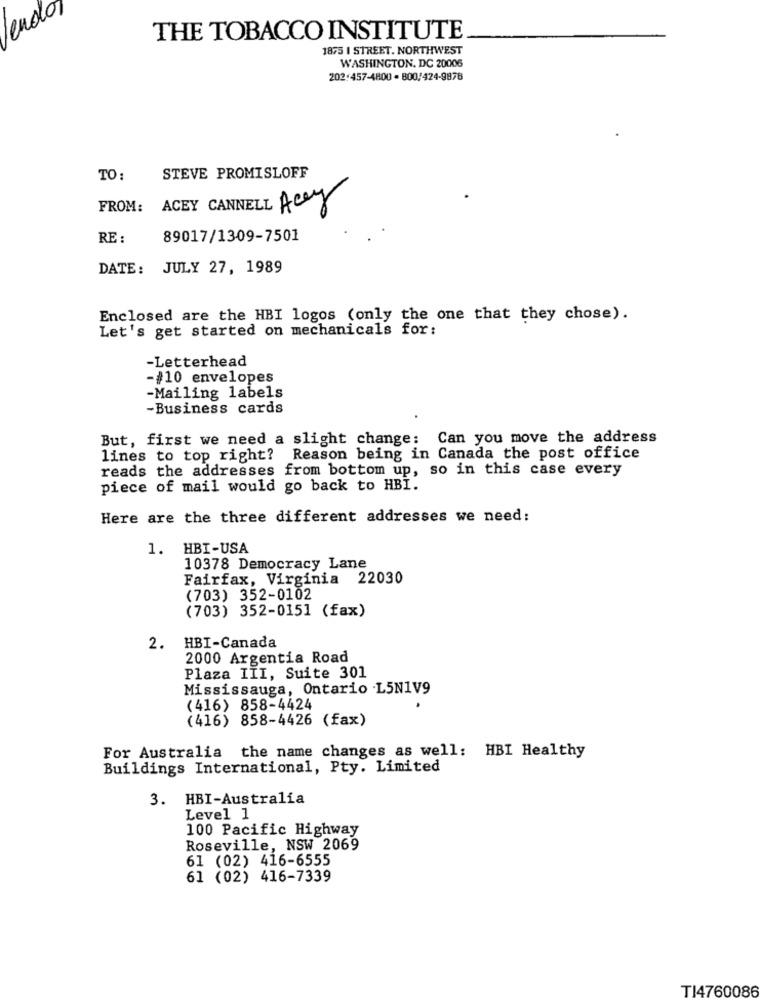
101
THE TOBACCO INSTITUTE
1875 I STREET. NORTHWEST
WASHINGTON, DC 20006
202:457-4800 - 800/424-9878
TO:
STEVE PROMISLOFF
FROM: ACEY CANNELL Acey
RE :
89017/1309-7501
DATE: JULY 27, 1989
Enclosed are the HBI logos (only the one that they chose).
Let's get started on mechanicals for:
-Letterhead
-#10 envelopes
-Mailing labels
-Business cards
But, first we need a slight change: Can you move the address
lines to top right? Reason being in Canada the post office
reads the addresses from bottom up, so in this case every
piece of mail would go back to HBI.
Here are the three different addresses we need:
1. HBI-USA
10378 Democracy Lane
Fairfax, Virginia 22030
(703) 352-0102
(703) 352-0151 (fax)
2.
HBI-Canada
2000 Argentia Road
Plaza III, Suite 301
Mississauga, Ontario L5N1V9
(416) 858-4424
(416) 858-4426 (fax)
For Australia the name changes as well: HBI Healthy
Buildings International, Pty. Limited
3. HBI-Australia
Level 1
100 Pacific Highway
Roseville, NSW 2069
61 (02) 416-6555
61 (02) 416-7339
TI4760086